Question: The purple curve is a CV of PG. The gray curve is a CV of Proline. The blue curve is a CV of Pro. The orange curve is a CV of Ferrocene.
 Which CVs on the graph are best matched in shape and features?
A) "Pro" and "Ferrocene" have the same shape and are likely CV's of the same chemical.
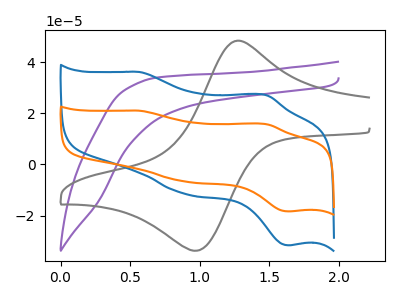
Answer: <think>The purple curve "PG" has no peaks. The gray curve "Proline" has an anodic peak at (1.25V, 48.00uA) and a cathodic peak at (0.95V, -33.70uA). The blue curve "Pro" has anodic peaks at (0.55V, 36.10uA) (1.45V, 27.10uA) and cathodic peaks at (0.90V, -11.55uA) (1.65V, -31.60uA). The orange curve "Ferrocene" has anodic peaks at (0.55V, 21.00uA) (1.45V, 15.75uA) and cathodic peaks at (0.90V, -6.70uA) (1.65V, -18.35uA).
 "PG" and "Proline" have a different number of peaks. "PG" and "Pro" have a different number of peaks. "PG" and "Ferrocene" have a different number of peaks. "Proline" and "Pro" have a different number of peaks. "Proline" and "Ferrocene" have a different number of peaks. All the peaks in "Pro" have a peak in "Ferrocene" at the same potential. Every peak in "Pro" is higher than every peak in "Ferrocene".</think>
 <answer>A) "Pro" and "Ferrocene" have the same shape and are likely CV's of the same chemical.</answer>
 <eval>A</eval>